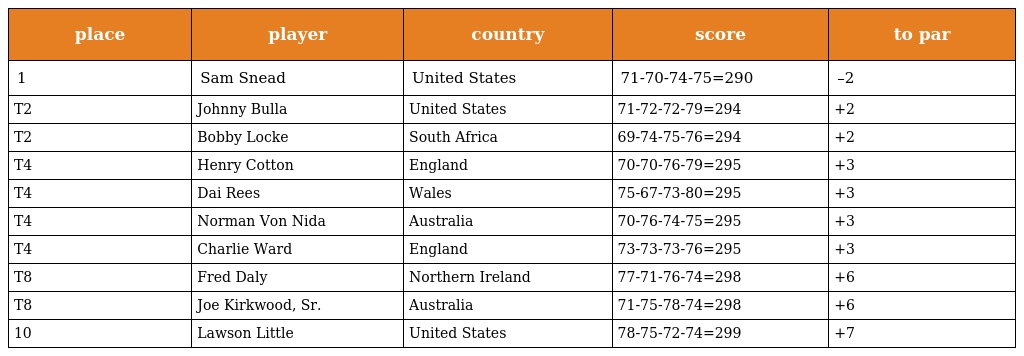
| place | player | country | score | to par |
 | --- | --- | --- | --- | --- |
 | 1 | Sam Snead | United States | 71-70-74-75=290 | –2 |
 | T2 | Johnny Bulla | United States | 71-72-72-79=294 | +2 |
 | T2 | Bobby Locke | South Africa | 69-74-75-76=294 | +2 |
 | T4 | Henry Cotton | England | 70-70-76-79=295 | +3 |
 | T4 | Dai Rees | Wales | 75-67-73-80=295 | +3 |
 | T4 | Norman Von Nida | Australia | 70-76-74-75=295 | +3 |
 | T4 | Charlie Ward | England | 73-73-73-76=295 | +3 |
 | T8 | Fred Daly | Northern Ireland | 77-71-76-74=298 | +6 |
 | T8 | Joe Kirkwood, Sr. | Australia | 71-75-78-74=298 | +6 |
 | 10 | Lawson Little | United States | 78-75-72-74=299 | +7 |